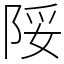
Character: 䧌